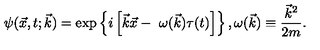
\psi ( \vec { x } , t ; \vec { k } ) = \exp \left\{ i \left[ \vec { k } \vec { x } - \ \omega ( \vec { k } ) \tau ( t ) \right] \right\} , \omega ( \vec { k } ) \equiv \frac { { \vec { k } } ^ { 2 } } { 2 m } .